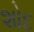
શોદ